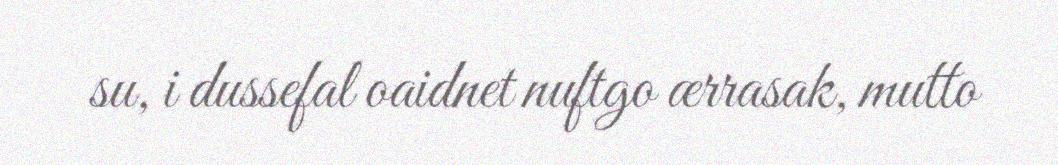
su, i dussefal oaidnet nuftgo ærrasak, mutto